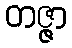
တဇ္ဇာ